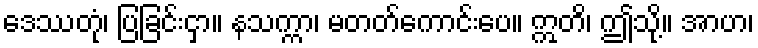
ဒေဿတုံ၊ ပြခြင်းငှာ။ နသက္ကာ၊ မတတ်ကောင်းပေ။ ဣတိ၊ ဤသို့။ အာဟ၊